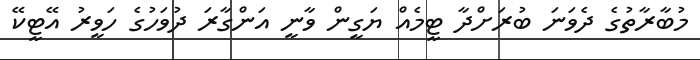
މުބާރާތުގެ ދެވަނަ ބުރަށްދާ ޓީމެއް ޔަގީން ވާނީ އަންގާރަ ދުވަހުގެ ހަވީރު އޭޓީކޭ